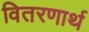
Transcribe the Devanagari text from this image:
वितरणार्थ